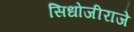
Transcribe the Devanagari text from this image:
सिधोजीराजे